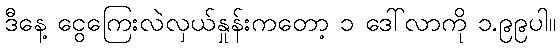
ဒီနေ့ ငွေကြေးလဲလှယ်နှုန်းကတော့ ၁ ဒေါ်လာကို ၁.၉၉ပါ။